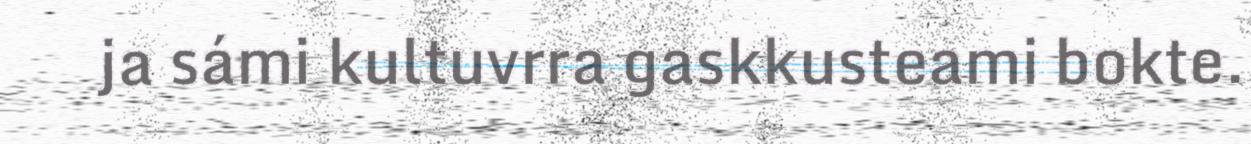
ja sámi kultuvrra gaskkusteami bokte.